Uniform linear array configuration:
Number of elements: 4
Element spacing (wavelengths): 0.5
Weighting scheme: kaiser
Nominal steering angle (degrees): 0
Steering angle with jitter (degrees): -0.07762
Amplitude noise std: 0.05
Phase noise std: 0.05

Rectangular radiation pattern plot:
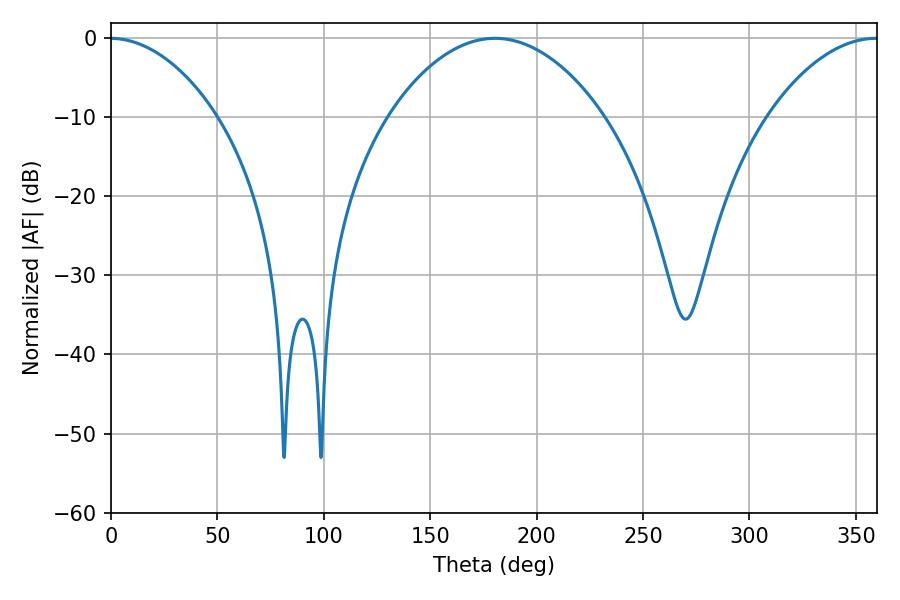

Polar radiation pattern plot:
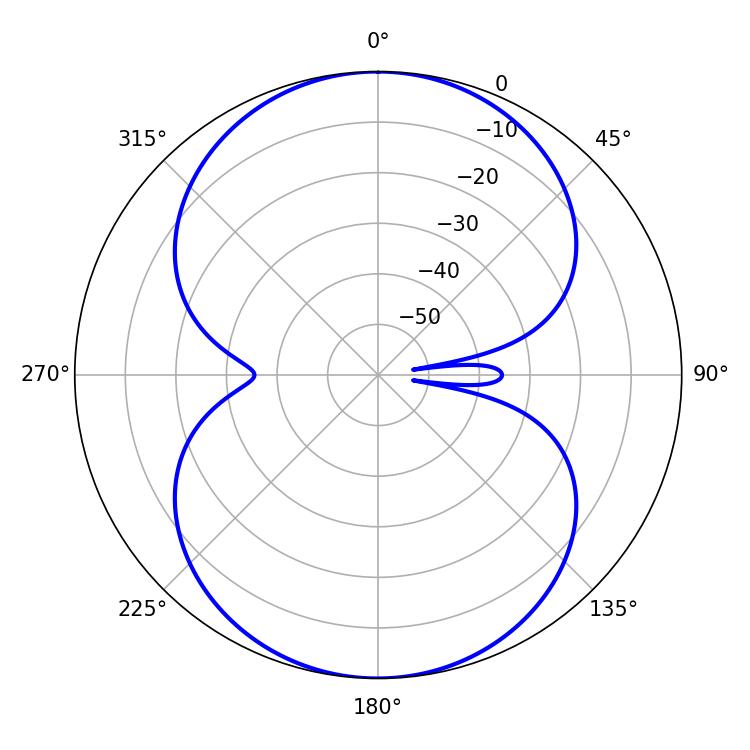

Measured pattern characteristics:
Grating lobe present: FALSE
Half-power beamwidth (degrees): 56.52
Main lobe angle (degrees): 180.36